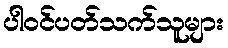
ပါဝင်ပတ်သက်သူများ